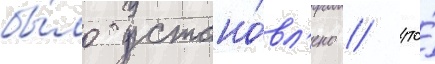
бы́ло устано́вл'ено / что́